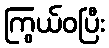
ကြွယ်ဝပြီး